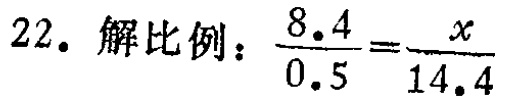
22. 解比例：$\frac{8.4}{0.5}=\frac{x}{14.4}$